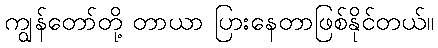
ကျွန်တော်တို့ တာယာ ပြားနေတာဖြစ်နိုင်တယ်။